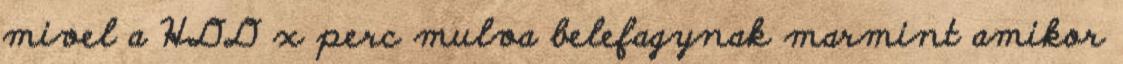
mivel a HDD x perc mulva belefagynak marmint amikor